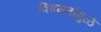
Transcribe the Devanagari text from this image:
विषमतांमुळे